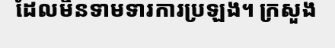
ដែលមិនទាមទារការប្រឡង។ ក្រសួង